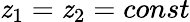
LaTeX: \mathit{z}_{1}=\mathit{z}_{2}=const